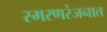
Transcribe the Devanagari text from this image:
स्मरणरंजनात